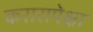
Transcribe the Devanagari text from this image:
करारापेक्षा